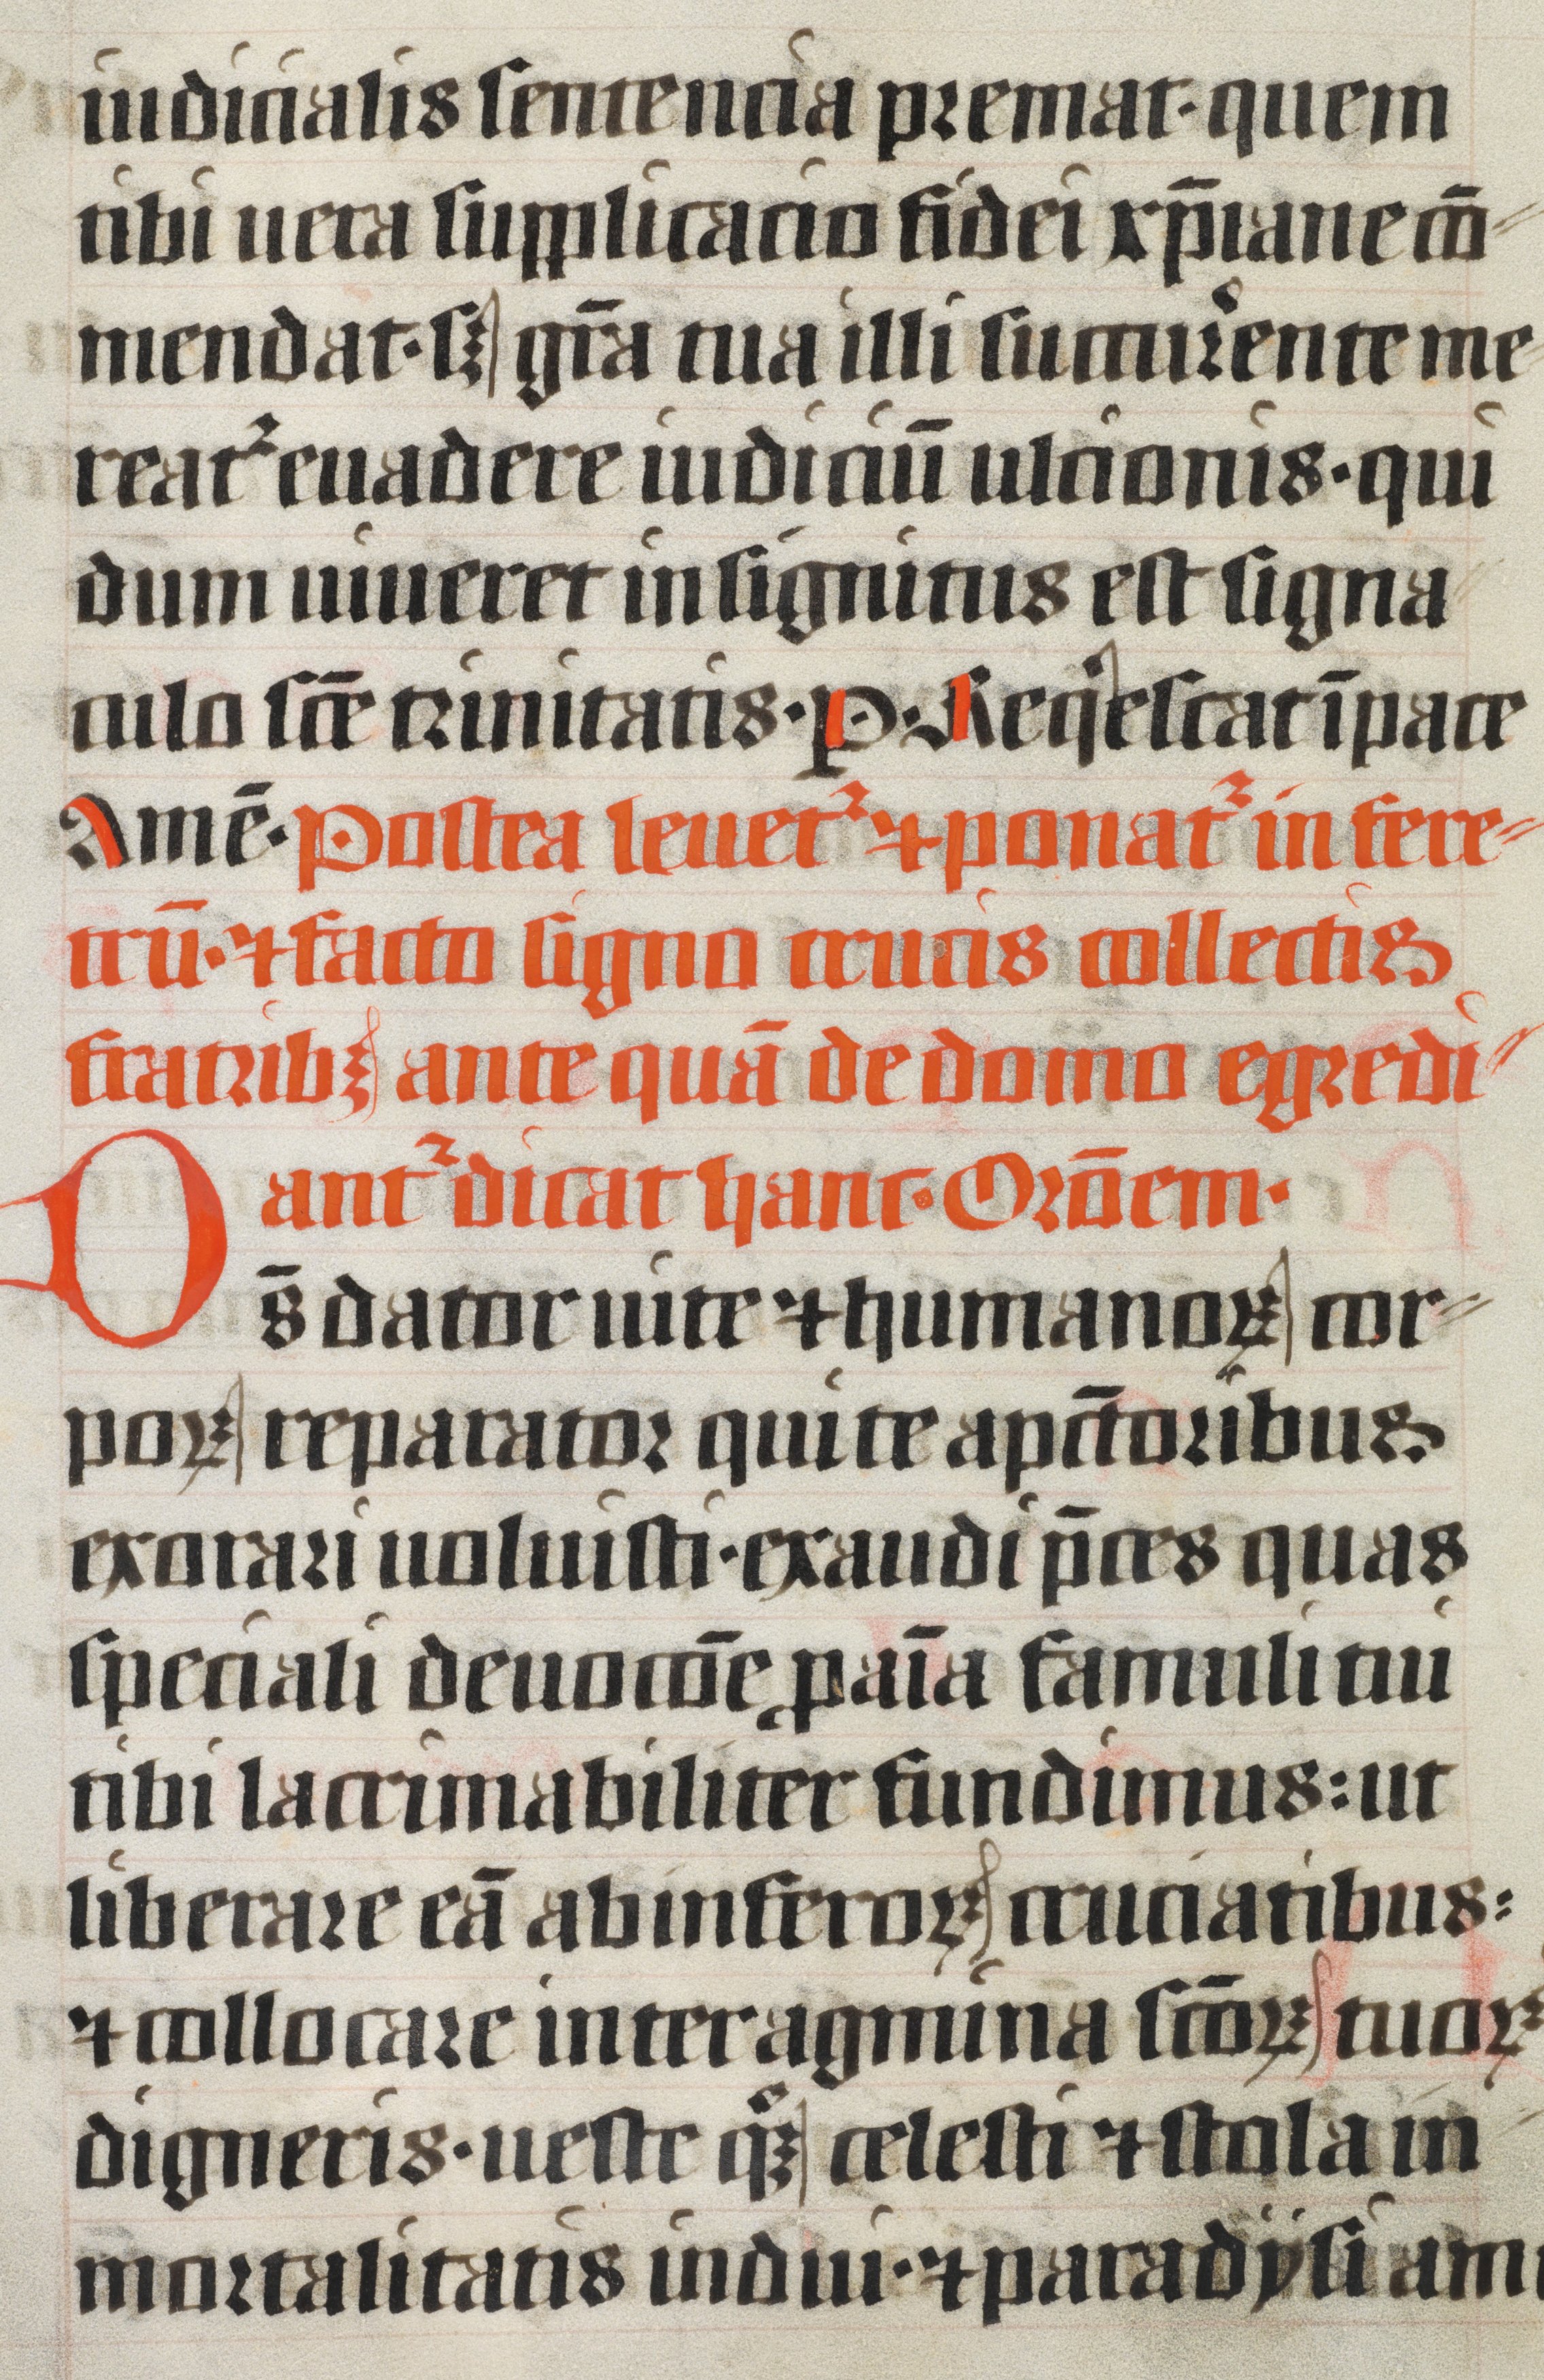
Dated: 1400–1499